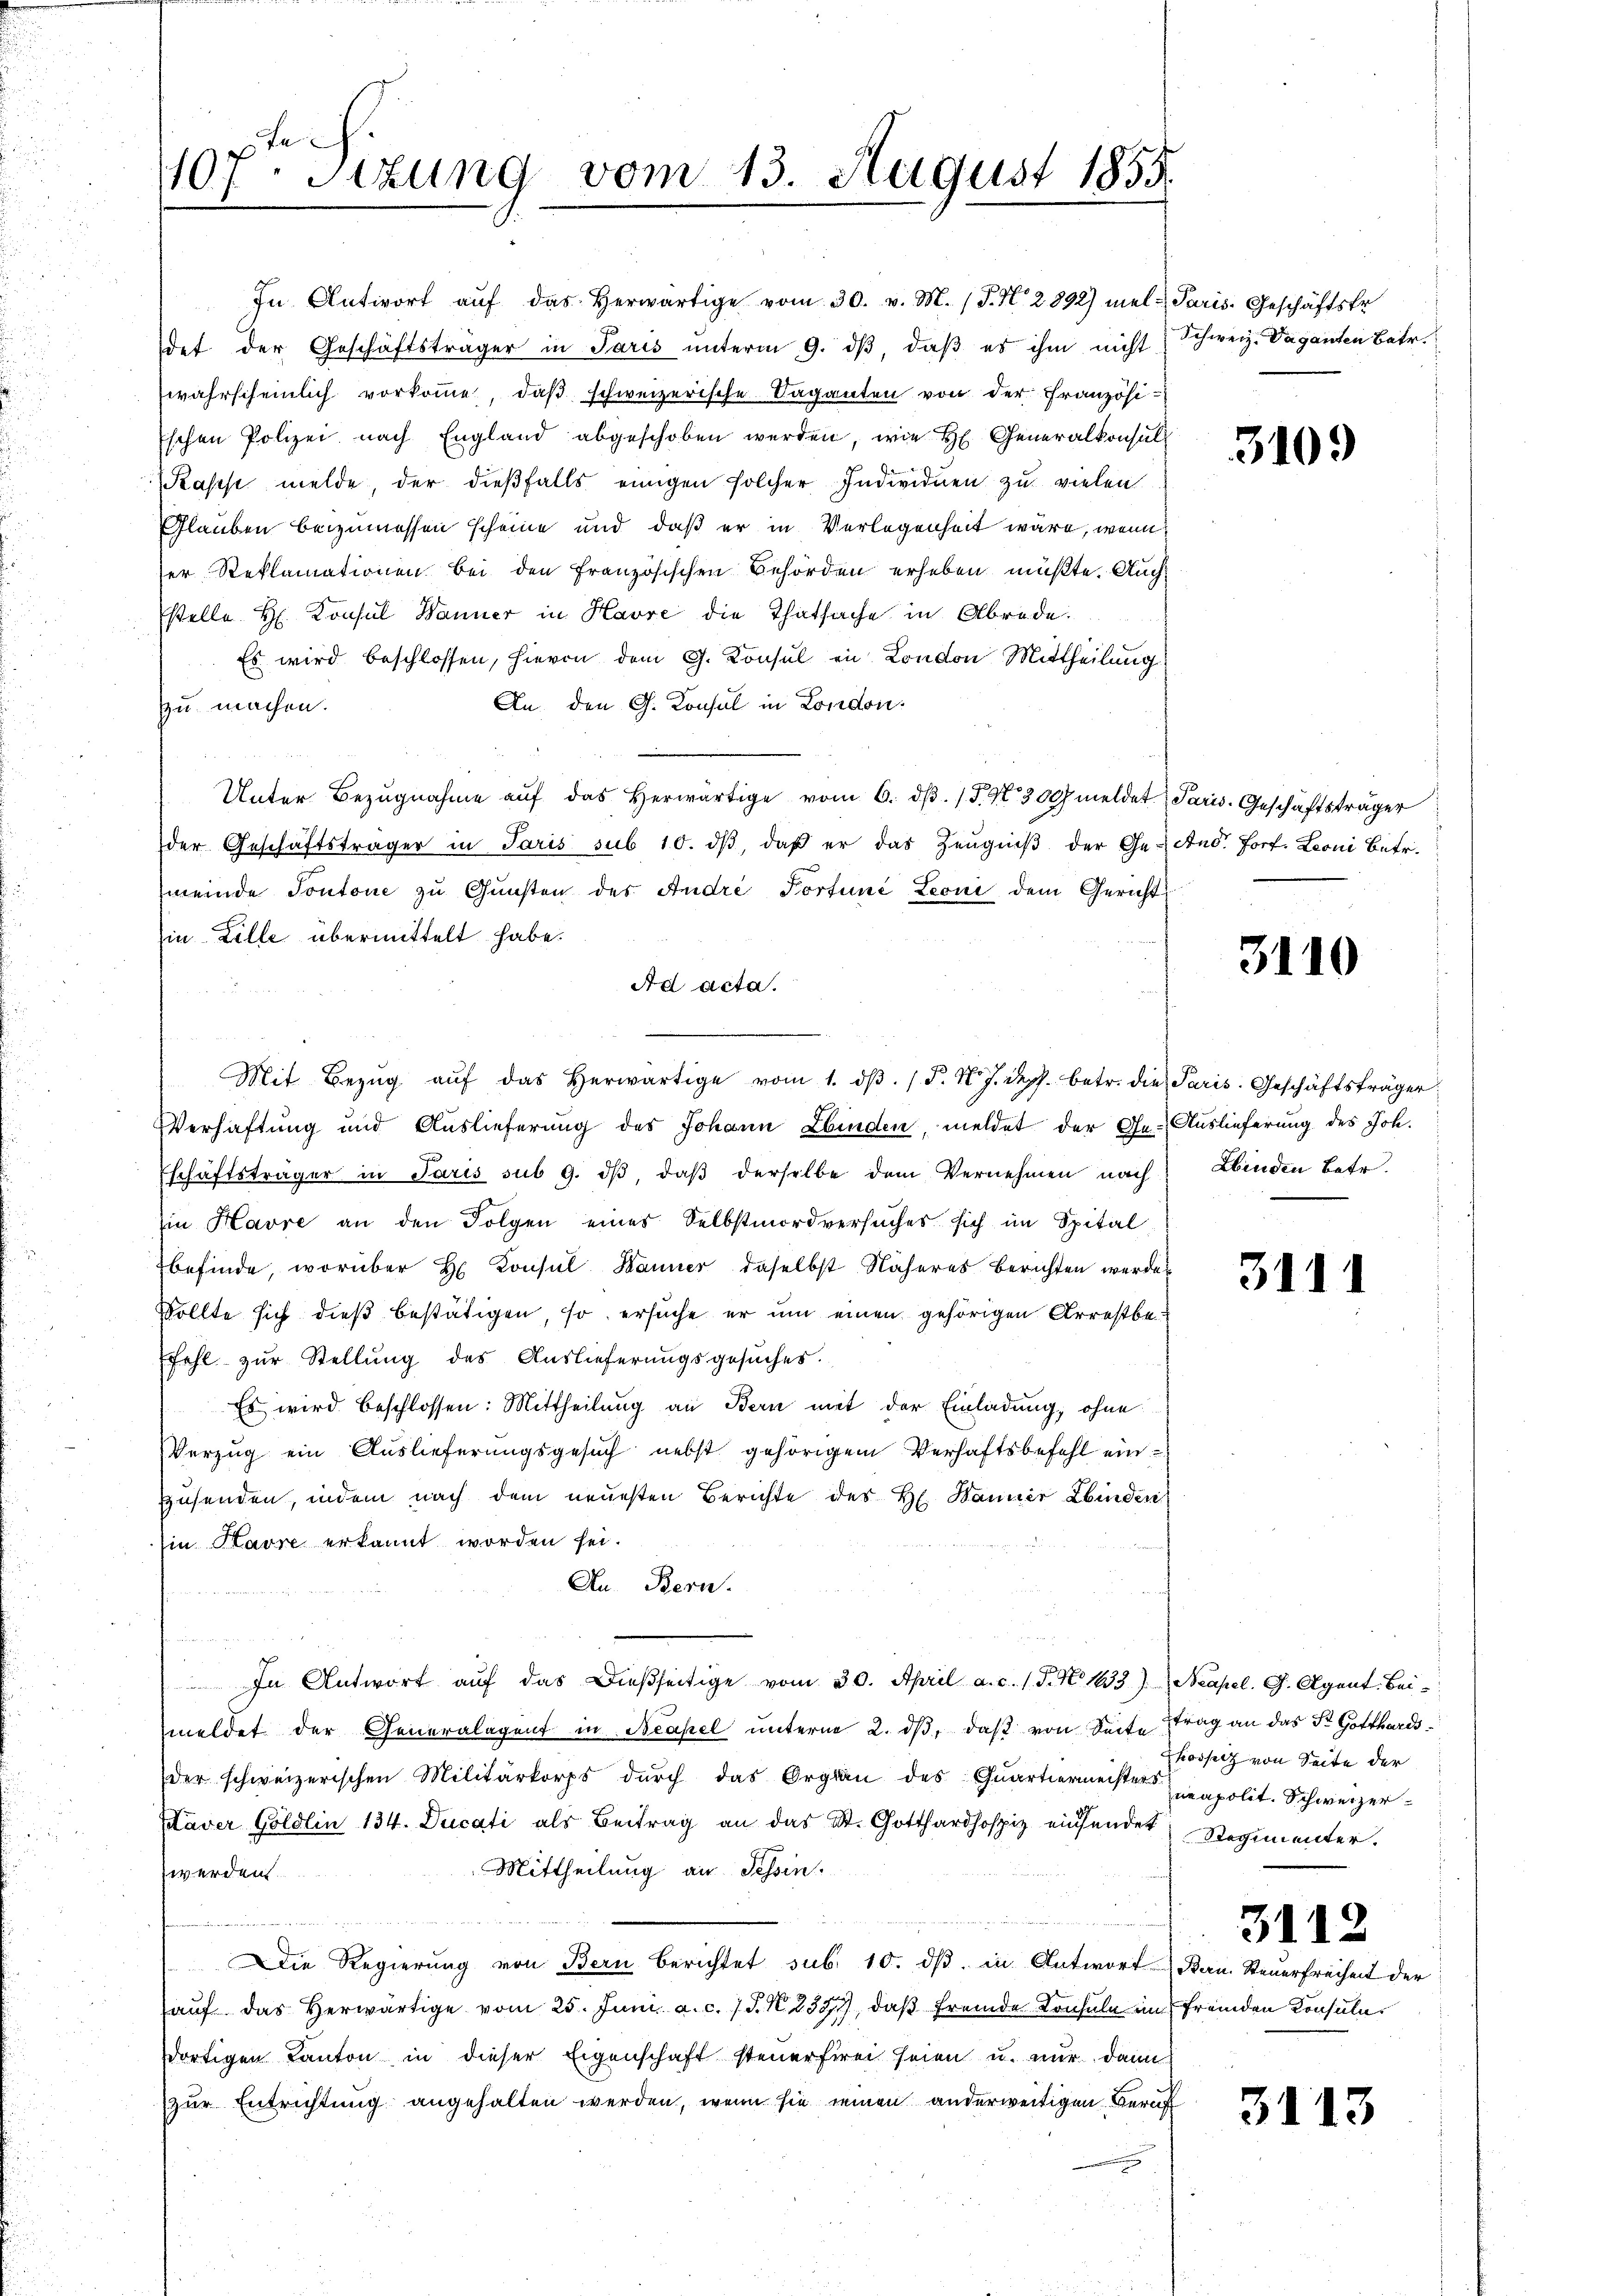
e
107. Sizung vom 13. August 1855.

In Antwort aŭf das herwärtige vom 30. v. M. (T. N. 2892) mel- Paris, Geschäftsfr.
det der Geschäftsträger in Paris unterm 9. dβ, daß es ihm nicht Schweiz. Vaganten Betr.
wahrscheinlich vorkomme, daß schweizerische Saganten von der Französi¬
Eschen Polizei nach England abgeschoben werden, wie H. Generalkonsul
Kasse melde, der dießfalls einigen solcher Individuen zu vielen
Glauben beizumessen scheine und daß er in Verlegenheit wäre, wenn
ser Reklamationen bei den Französischen Behörden erheben müßte. Auch
stelle H. Konsul Wanner in Havre die Thatsache in Abrede.
Es wird beschlossen, hievon dem G. Konsul in London Mittheilung
An den G. Konsul in London
zu machen.
Unter Bezŭgnahme aŭf das herwärtige vom 6. dβ. (S. 9300 meldet Paris. Geschäftsträger
der Geschäftsträger in Paris sub 10. dβ daβ er das Zeŭgniβ der Ge-Aus fort. Leoni betr.
meinde Pontone zŭ Gŭnsten des Andre Portune Leoni dem Gericht
Ein Zille übermittelt habe.
Ad acta.
 Mit Bezŭg aŭf das herwärtige vom 1. dβ. d. d. J. depf. betr. die Paris. Geschäftsträger
Verhaftung und Auslieferung des Johann Ebinden, meldet der Ge-Auslieferung des Joh.
Eschäftsträger in Paris sub 9. dβ, daβ derselbe dem Vernehmen nach Abinden Betr.
in Havre an den Folgen eines Selbstmordversuches sich im Spital
befinde, worüber H. Konsul Hanner, daselbst Näheres Berichten werde
Sollte sich dieß bestätigen, so ersuche er um einen gehörigen Arrestbe¬
Efehl zur Stellung des Auslieferungsgesŭches.
Es wird beschlossen: Mittheilung an Bern mit der Einladung, ohne
Verzug ein Auslieferungsgesuch nebst gehörigem Verhaftsbefehl ein
Zusenden, indem nach dem neuesten Berichte des H. Banner Linden
Ein Havre erkannt worden sei.
Au. Bern.
In Antwort aŭf das dießseitige vom 30. April a. c. s. S. N. 1633). Neapel. G. Agent. Beimeldet der Generalagent in Neapel unterm 2. dβ, daß von Seite trag an das St. Gotthardsder schweizerischen Militärkorps durch das Organ des Quartiermeistereapolit. Schweizer¬
Kaver Göldlin 134. Ducati als Beitrag an das St. Gotthardhospiz einsendet Regimenter.
Mittheilung an Tessin.
werden

Die Regierŭng von Bern berichtet sub. 10. dβ in Antwort Bern. Steuerfreiheit der
aŭf das herwärtige vom 25. Juni a. c. 7 S. N. 239), daβ fremde Konsuln im fremden Konsuladortigen Kanton in dieser Eigenschaft steuerfrei seien u. nur dann
zur Entrichtung angehalten werden, wenn sie seinen anderweitigen Beruf

3109

3110

3111

hossetz von Seite der

3112

3113